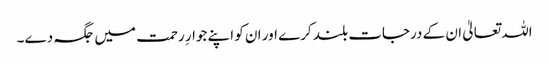
اللہ تعالیٰ ان کے درجات بلند کرے اور ان کو اپنے جوارِ رحمت میں جگہ دے۔